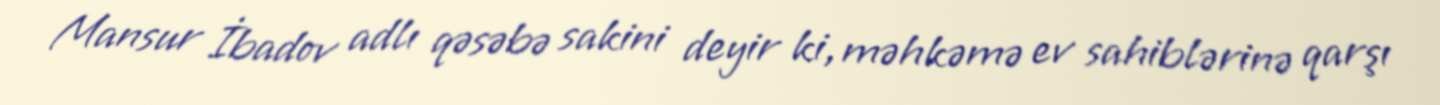
Mansur İbadov adlı qəsəbə sakini deyir ki, məhkəmə ev sahiblərinə qarşı